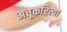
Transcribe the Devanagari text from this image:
अचूकरित्या